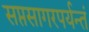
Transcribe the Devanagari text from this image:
सप्तसागरपर्यन्तं